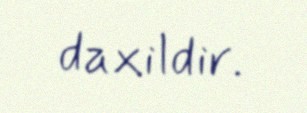
daxildir.